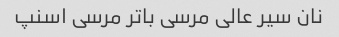
نان سیر عالی مرسی باتر مرسی اسنپ